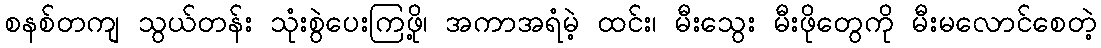
စနစ်တကျ သွယ်တန်း သုံးစွဲပေးကြဖို့၊ အကာအရံမဲ့ ထင်း၊ မီးသွေး မီးဖိုတွေကို မီးမလောင်စေတဲ့